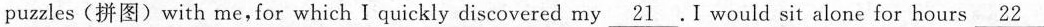
puzzles(拼图)with me,for which I quickly discovered my\underline{21} .I would sit alone for hours \underline{22}